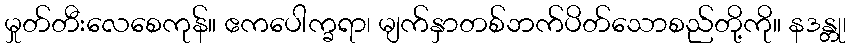
မှုတ်တီးလေစေကုန်။ ဧကပေါက္ခရာ၊ မျက်နှာတစ်ဘက်ပိတ်သောစည်တို့ကို။ နဒန္တု၊